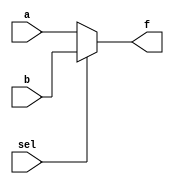
module mux2 #(parameter width = 32) 
	(
	input [width-1:0] a,b,
	input sel,
	output [width-1:0] f);

assign f= (sel==0)?a:b;

endmodule